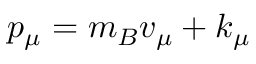
p _ { \mu } = m _ { B } v _ { \mu } + k _ { \mu }